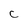
Character: c